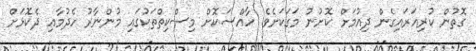
ގޮތުން ކުރިއަރައިގެން ދިއުމަށް ކޮށުނު މަގަކަށެވެ. ހާއްސަކޮށް މިސްކިތްތަކުގައި މުންނާރު ހެދުމާއި ދެކޮޅަށް